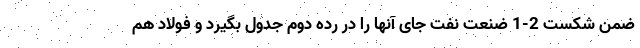
ضمن شکست 2-1 ضنعت نفت جای آنها را در رده دوم جدول بگیرد و فولاد هم